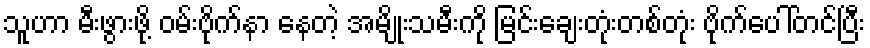
သူဟာ မီးဖွားဖို့ ဝမ်းဗိုက်နာ နေတဲ့ အမျိုးသမီးကို မြင်းချေးတုံးတစ်တုံး ဗိုက်ပေါ်တင်ပြီး